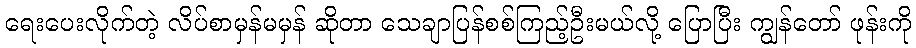
ရေးပေးလိုက်တဲ့ လိပ်စာမှန်မမှန် ဆိုတာ သေချာပြန်စစ်ကြည့်ဦးမယ်လို့ ပြောပြီး ကျွန်တော် ဖုန်းကို